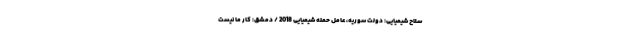
سلاح شیمیایی: دولت سوریه، عامل حمله شیمیایی 2018 / دمشق: کار ما نیست